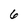
Character: 6